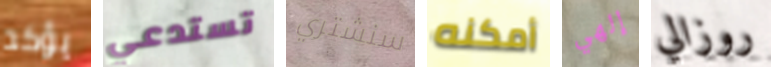
يؤكد تستدعي سنشتري أمكنه إلهي روزالي